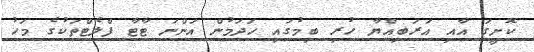
ކޮށީގަ އާއި އަރަބިއްޔާ ހުރި ބިމުގައި ހަދަމުން އަންނަ ޓާޓާ ފްލެޓްތަކުގެ މަހު